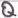
Text: Q